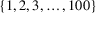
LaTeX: \{ 1 , 2 , 3 , \ldots , 1 0 0 \}